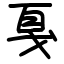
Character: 戛